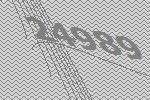
24989